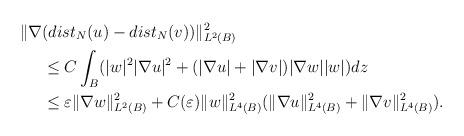
LaTeX: \begin{align*} \|\nabla&(dist_N(u)-dist_N(v))\|^2_{L^2(B)}\\ &\le C\int_B(|w|^2|\nabla u|^2+(|\nabla u|+|\nabla v|)|\nabla w||w|)dz\\ &\le\varepsilon\|\nabla w\|^2_{L^2(B)} +C(\varepsilon)\|w\|^2_{L^4(B)}(\|\nabla u\|^2_{L^4(B)}+\|\nabla v\|^2_{L^4(B)}). \end{align*}